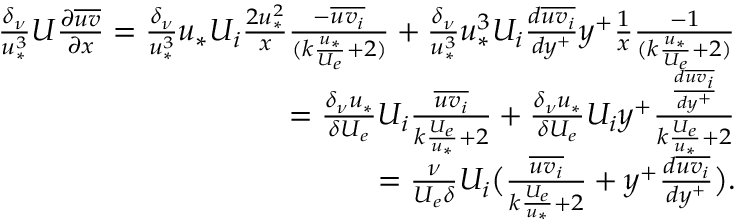
\begin{array} { r } { \frac { \delta _ { \nu } } { u _ { * } ^ { 3 } } U \frac { \partial \overline { { u v } } } { \partial x } = \frac { \delta _ { \nu } } { u _ { * } ^ { 3 } } u _ { * } U _ { i } \frac { 2 u _ { * } ^ { 2 } } { x } \frac { - \overline { { u v _ { i } } } } { ( k \frac { u _ { * } } { U _ { e } } + 2 ) } + \frac { \delta _ { \nu } } { u _ { * } ^ { 3 } } u _ { * } ^ { 3 } U _ { i } \frac { d \overline { { u v _ { i } } } } { d y ^ { + } } y ^ { + } \frac { 1 } { x } \frac { - 1 } { ( k \frac { u _ { * } } { U _ { e } } + 2 ) } } \\ { = \frac { \delta _ { \nu } u _ { * } } { \delta U _ { e } } U _ { i } \frac { \overline { { u v _ { i } } } } { k \frac { U _ { e } } { u _ { * } } + 2 } + \frac { \delta _ { \nu } u _ { * } } { \delta U _ { e } } U _ { i } y ^ { + } \frac { \frac { d \overline { { u v _ { i } } } } { d y ^ { + } } } { k \frac { U _ { e } } { u _ { * } } + 2 } } \\ { = \frac { \nu } { U _ { e } \delta } U _ { i } \big ( \frac { \overline { { u v _ { i } } } } { k \frac { U _ { e } } { u _ { * } } + 2 } + y ^ { + } \frac { d \overline { { u v _ { i } } } } { d y ^ { + } } \big ) . } \end{array}